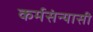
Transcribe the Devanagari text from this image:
कर्मसंन्यासी